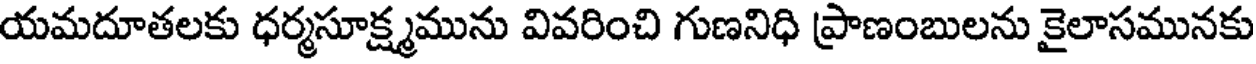
యమదూతలకు ధర్మసూక్ష్మమును వివరించి గుణనిధి ప్రాణంబులను కైలాసమునకు